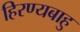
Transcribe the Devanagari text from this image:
हिरण्यबाहु